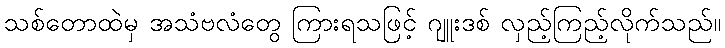
သစ်တောထဲမှ အသံဗလံတွေ ကြားရသဖြင့် ဂျူးဒစ် လှည့်ကြည့်လိုက်သည်။